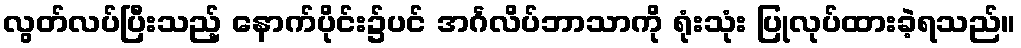
လွတ်လပ်ပြီးသည့် နောက်ပိုင်း၌ပင် အင်္ဂလိပ်ဘာသာကို ရုံးသုံး ပြုလုပ်ထားခဲ့ရသည်။